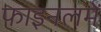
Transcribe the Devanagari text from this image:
फाइनलमें